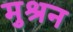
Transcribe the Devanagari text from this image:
मुश्रन